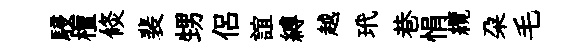
駸檀倐裴甥侣誼縛越玳巷悁纜朶毛